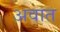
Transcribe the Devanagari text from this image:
अवात